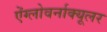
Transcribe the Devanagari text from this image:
ऐंग्लोवर्नाक्यूलर